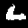
Label: 6